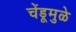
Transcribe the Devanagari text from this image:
चेंडूमुळे